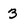
Character: 3